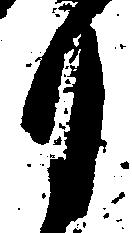
月